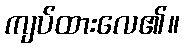
ကျပ်ထားလေ၏။